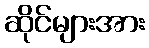
ဆိုင်များအား